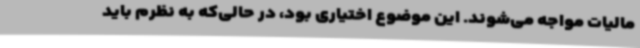
مالیات مواجه می‌شوند. این موضوع اختیاری بود، در حالی‌که به نظرم باید